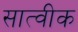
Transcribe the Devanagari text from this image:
सात्वीक